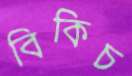
বিকিচ